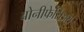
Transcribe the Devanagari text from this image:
बोनीफेसिअस